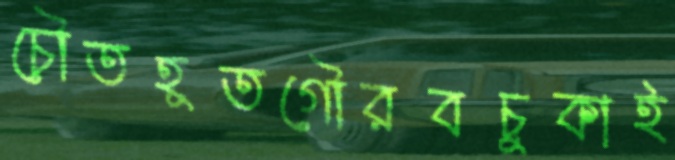
চৌতহূতগৌরবচুকাই